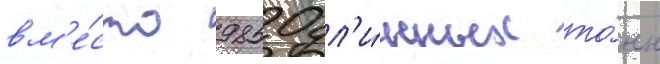
вм'е́сто 9850 дл'и́нных то́нн